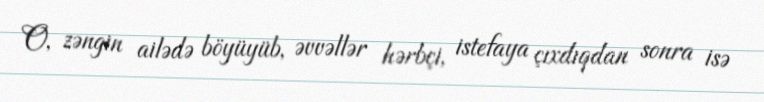
O, zəngin ailədə böyüyüb, əvvəllər hərbçi, istefaya çıxdıqdan sonra isə